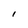
Character: I